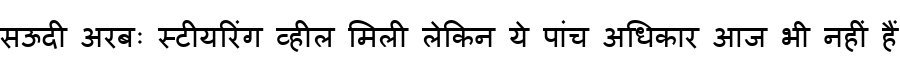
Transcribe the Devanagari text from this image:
सऊदी अरबः स्टीयरिंग व्हील मिली लेकिन ये पांच अधिकार आज भी नहीं हैं